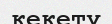
кекету